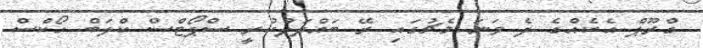
ގްރޫޕް އެކެއްގެ ދެ ވަނަ މެޗުގައި ރޭ ބައްދަލުކުރީ ސްޕޯޓްސް ކްލަބް ހޯކްސް